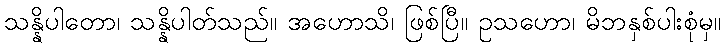
သန္နိပါတော၊ သန္နိပါတ်သည်။ အဟောသိ၊ ဖြစ်ပြီ။ ဥသဟော၊ မိဘနှစ်ပါးစုံမှ။